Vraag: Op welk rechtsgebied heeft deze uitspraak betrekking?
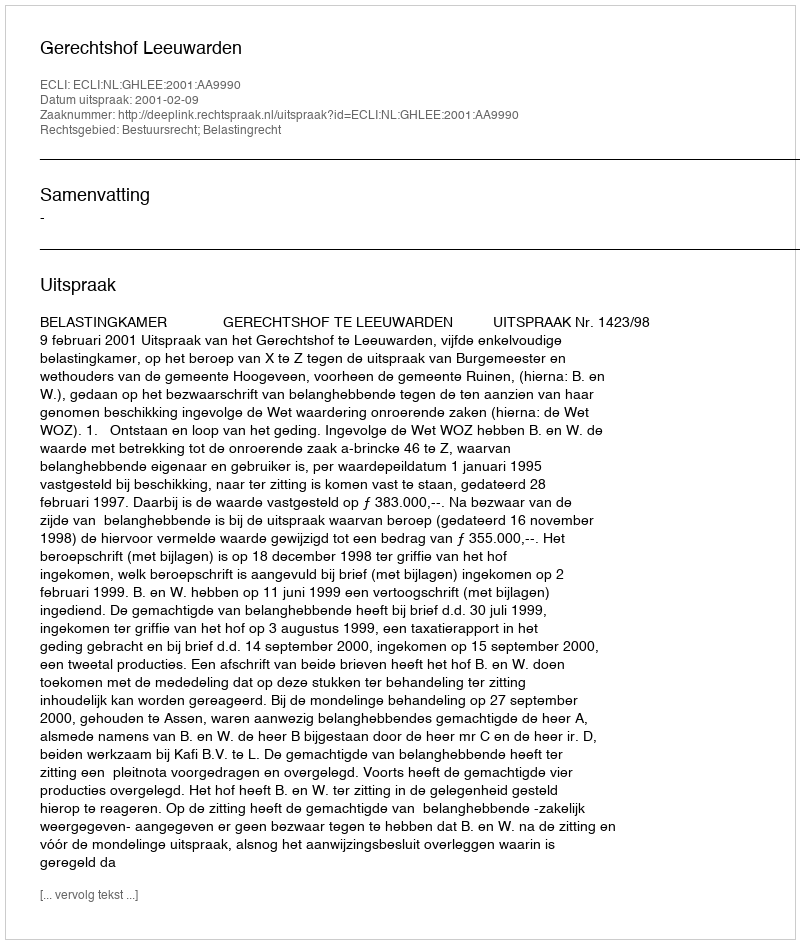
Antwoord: Bestuursrecht; Belastingrecht